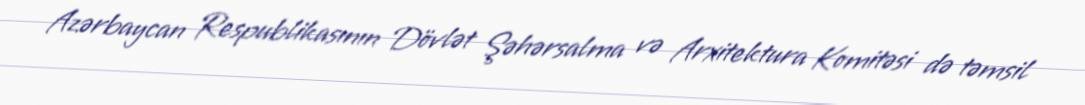
Azərbaycan Respublikasının Dövlət Şəhərsalma və Arxitektura Komitəsi də təmsil